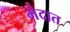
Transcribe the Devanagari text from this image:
भेदात